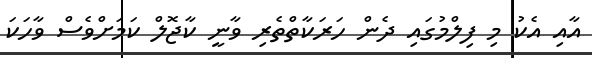
އާއި އެކު މި ފިލްމުގައި ދެން ހަރަކާތްތެރި ވާނީ ކާޖޮލް ކަމަށްވެސް ވާހަކަ